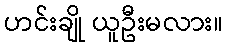
ဟင်းချို ယူဦးမလား။